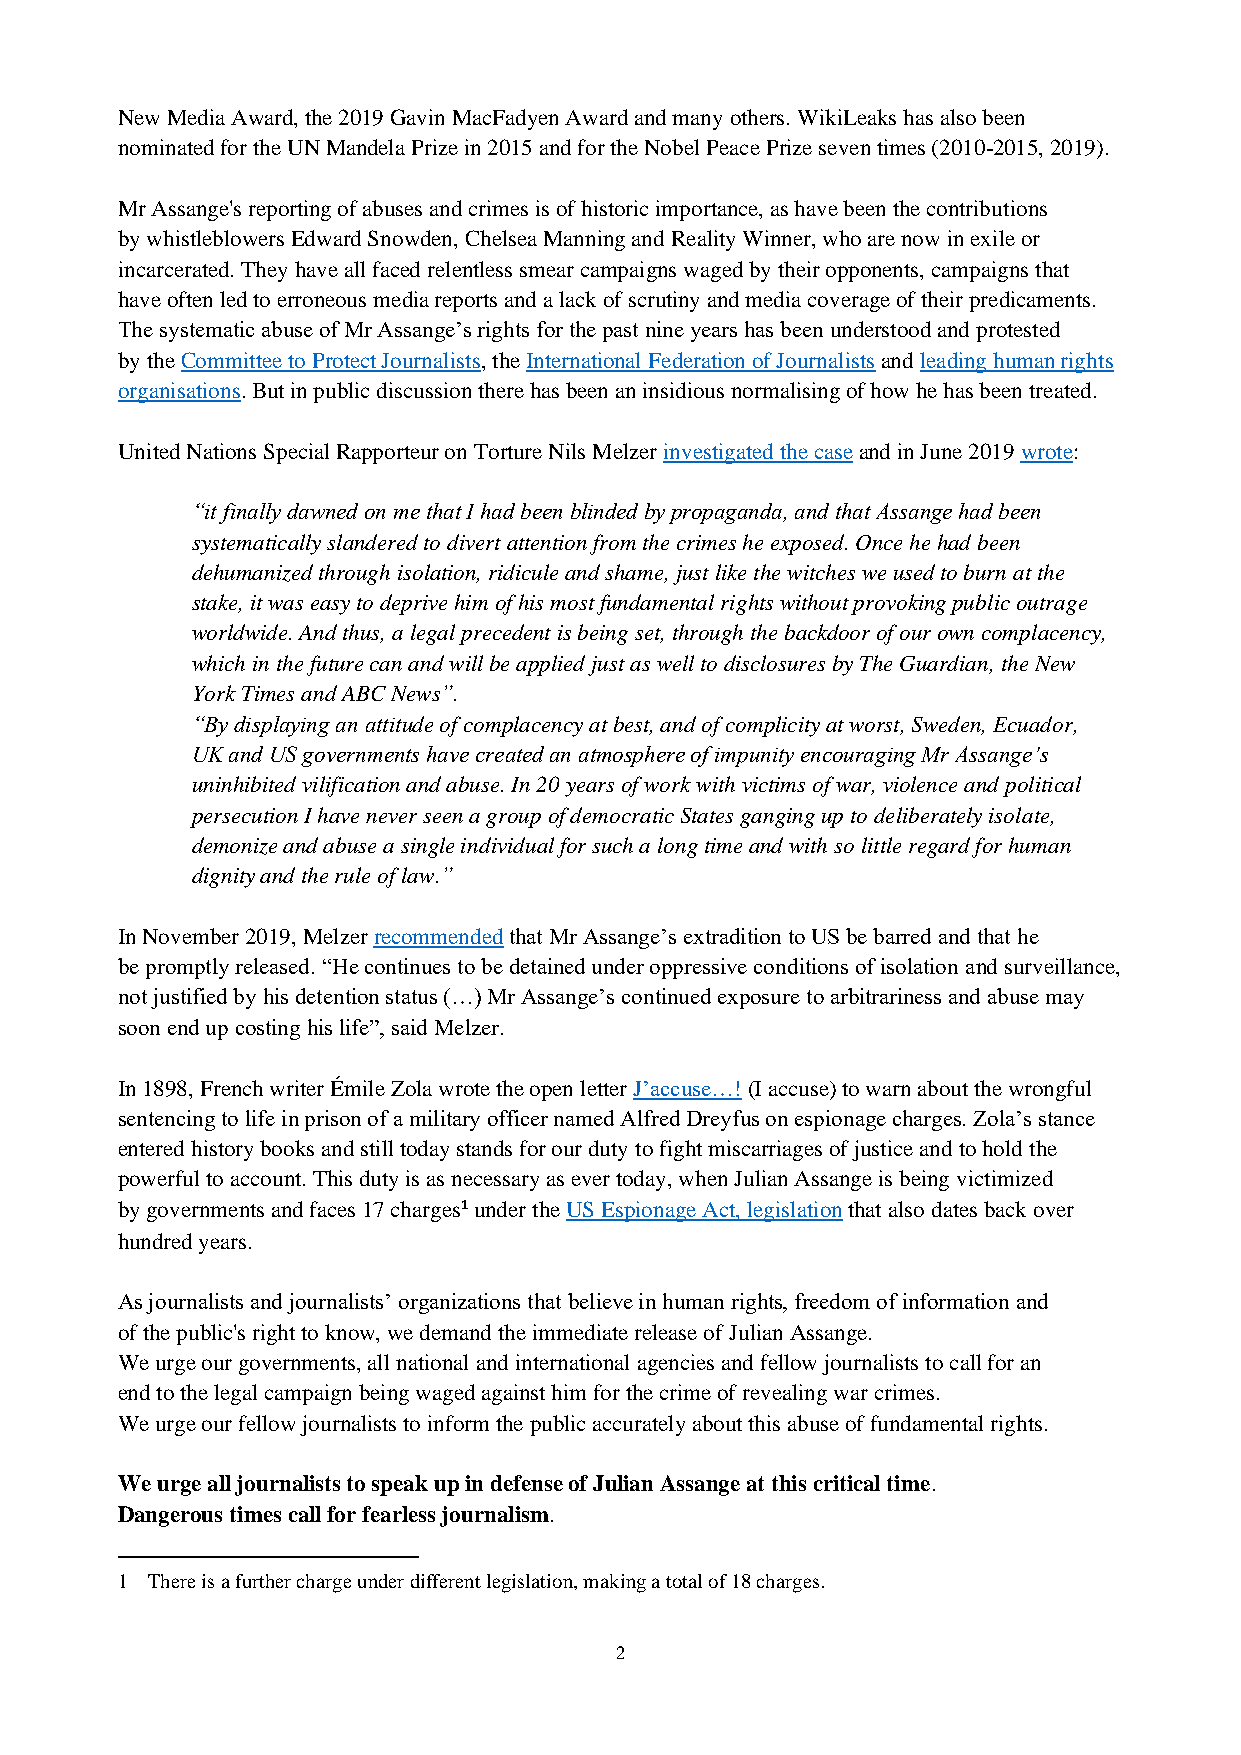
New Media Award, the 2019 Gavin MacFadyen Award and many others. WikiLeaks has also been
 nominated for the UN Mandela Prize in 2015 and for the Nobel Peace Prize seven times (2010-2015, 2019).
 Mr Assange's reporting of abuses and crimes is of historic importance, as have been the contributions
 by whistleblowers Edward Snowden, Chelsea Manning and Reality Winner, who are now in exile or
 incarcerated. They have all faced relentless smear campaigns waged by their opponents, campaigns that
 have often led to erroneous media reports and a lack of scrutiny and media coverage of their predicaments.
 The systematic abuse of Mr Assange’s rights for the past nine years has been understood and protested
 by the Committee to Protect Journalists, the International Federation of Journalists and leading human rights
 organisations. But in public discussion there has been an insidious normalising of how he has been treated.
 United Nations Special Rapporteur on Torture Nils Melzer investigated the case and in June 2019 wrote:
 “it finally dawned on me that I had been blinded by propaganda, and that Assange had been
 systematically slandered to divert attention from the crimes he exposed. Once he had been
 dehumanized through isolation, ridicule and shame, just like the witches we used to burn at the
 stake, it was easy to deprive him of his most fundamental rights without provoking public outrage
 worldwide. And thus, a legal precedent is being set, through the backdoor of our own complacency,
 which in the future can and will be applied just as well to disclosures by The Guardian, the New
 York Times and ABC News”.
 “By displaying an attitude of complacency at best, and of complicity at worst, Sweden, Ecuador,
 UK and US governments have created an atmosphere of impunity encouraging Mr Assange’s
 uninhibited vilification and abuse. In 20 years of work with victims of war, violence and political
 persecution I have never seen a group of democratic States ganging up to deliberately isolate,
 demonize and abuse a single individual for such a long time and with so little regard for human
 dignity and the rule of law.”
 In November 2019, Melzer recommended that Mr Assange’s extradition to US be barred and that he
 be promptly released. “He continues to be detained under oppressive conditions of isolation and surveillance,
 not justified by his detention status (…) Mr Assange’s continued exposure to arbitrariness and abuse may
 soon end up costing his life”, said Melzer.
 In 1898, French writer Émile Zola wrote the open letter J’accuse…! (I accuse) to warn about the wrongful
 sentencing to life in prison of a military officer named Alfred Dreyfus on espionage charges. Zola’s stance
 entered history books and still today stands for our duty to fight miscarriages of justice and to hold the
 powerful to account. This duty is as necessary as ever today, when Julian Assange is being victimized
 by governments and faces 17 charges1 under the US Espionage Act, legislation that also dates back over
 hundred years.
 As journalists and journalists’ organizations that believe in human rights, freedom of information and
 of the public's right to know, we demand the immediate release of Julian Assange.
 We urge our governments, all national and international agencies and fellow journalists to call for an
 end to the legal campaign being waged against him for the crime of revealing war crimes.
 We urge our fellow journalists to inform the public accurately about this abuse of fundamental rights.
 We urge all journalists to speak up in defense of Julian Assange at this critical time.
 Dangerous times call for fearless journalism.
 1 There is a further charge under different legislation, making a total of 18 charges.
 2